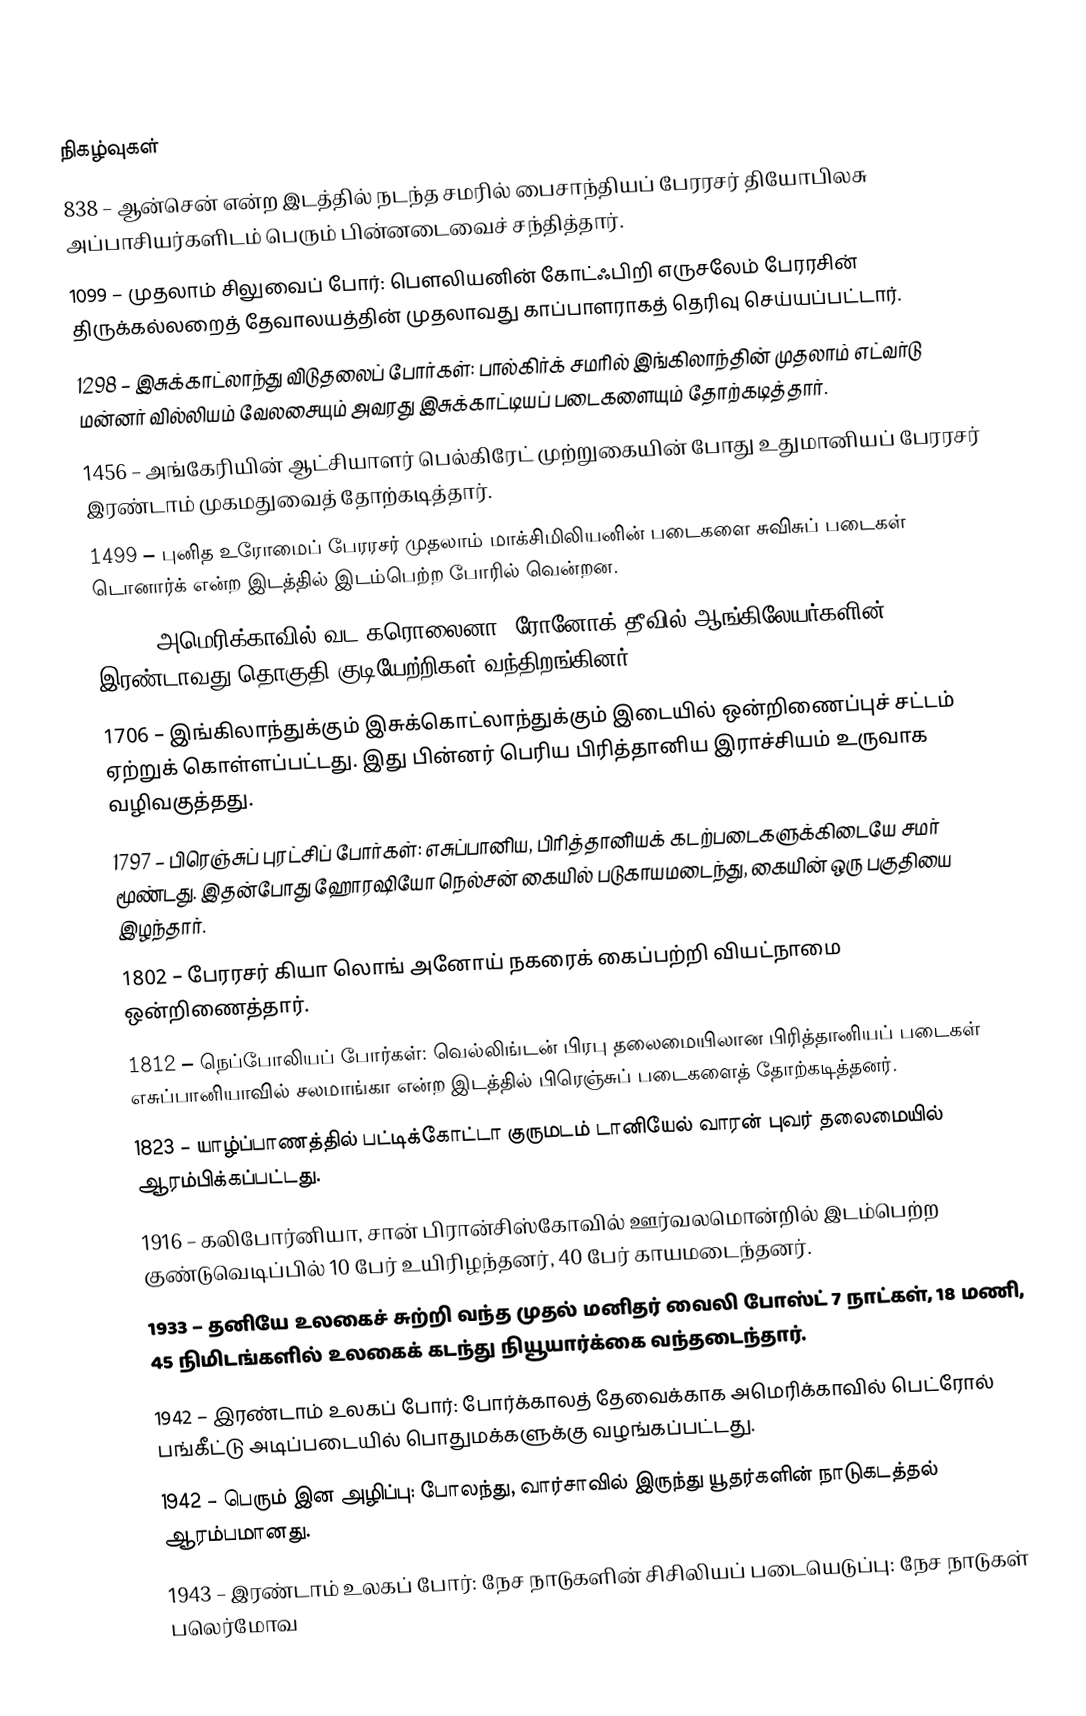

நிகழ்வுகள்
 838 – ஆன்சென் என்ற இடத்தில் நடந்த சமரில் பைசாந்தியப் பேரரசர் தியோபிலசு அப்பாசியர்களிடம் பெரும் பின்னடைவைச் சந்தித்தார்.
1099 – முதலாம் சிலுவைப் போர்: பௌலியனின் கோட்ஃபிறி எருசலேம் பேரரசின் திருக்கல்லறைத் தேவாலயத்தின் முதலாவது காப்பாளராகத் தெரிவு செய்யப்பட்டார்.
1298 – இசுக்காட்லாந்து விடுதலைப் போர்கள்: பால்கிர்க் சமரில் இங்கிலாந்தின் முதலாம் எட்வர்டு மன்னர் வில்லியம் வேலசையும் அவரது இசுக்காட்டியப் படைகளையும் தோற்கடித்தார்.
1456 – அங்கேரியின் ஆட்சியாளர் பெல்கிரேட் முற்றுகையின் போது உதுமானியப் பேரரசர் இரண்டாம் முகமதுவைத் தோற்கடித்தார்.
1499 – புனித உரோமைப் பேரரசர் முதலாம் மாக்சிமிலியனின் படைகளை சுவிசுப் படைகள் டொனார்க் என்ற இடத்தில் இடம்பெற்ற போரில் வென்றன.
1587 – அமெரிக்காவில் வட கரொலைனா, ரோனோக் தீவில் ஆங்கிலேயர்களின் இரண்டாவது தொகுதி குடியேற்றிகள் வந்திறங்கினர்.
1706 – இங்கிலாந்துக்கும் இசுக்கொட்லாந்துக்கும் இடையில் ஒன்றிணைப்புச் சட்டம் ஏற்றுக் கொள்ளப்பட்டது. இது பின்னர் பெரிய பிரித்தானிய இராச்சியம் உருவாக வழிவகுத்தது.
1797 – பிரெஞ்சுப் புரட்சிப் போர்கள்: எசுப்பானிய, பிரித்தானியக் கடற்படைகளுக்கிடையே சமர் மூண்டது. இதன்போது ஹோரஷியோ நெல்சன் கையில் படுகாயமடைந்து, கையின் ஒரு பகுதியை இழந்தார்.
1802 – பேரரசர் கியா லொங் அனோய் நகரைக் கைப்பற்றி வியட்நாமை ஒன்றிணைத்தார்.
1812 – நெப்போலியப் போர்கள்: வெல்லிங்டன் பிரபு தலைமையிலான பிரித்தானியப் படைகள் எசுப்பானியாவில் சலமாங்கா என்ற இடத்தில் பிரெஞ்சுப் படைகளைத் தோற்கடித்தனர்.
1823 – யாழ்ப்பாணத்தில் பட்டிக்கோட்டா குருமடம் டானியேல் வாரன் புவர் தலைமையில் ஆரம்பிக்கப்பட்டது.
1916 – கலிபோர்னியா, சான் பிரான்சிஸ்கோவில் ஊர்வலமொன்றில் இடம்பெற்ற குண்டுவெடிப்பில் 10 பேர் உயிரிழந்தனர், 40 பேர் காயமடைந்தனர்.
1933 – தனியே உலகைச் சுற்றி வந்த முதல் மனிதர் வைலி போஸ்ட் 7 நாட்கள், 18 மணி, 45 நிமிடங்களில் உலகைக் கடந்து நியூயார்க்கை வந்தடைந்தார்.
1942 – இரண்டாம் உலகப் போர்: போர்க்காலத் தேவைக்காக அமெரிக்காவில் பெட்ரோல் பங்கீட்டு அடிப்படையில் பொதுமக்களுக்கு வழங்கப்பட்டது.
1942 – பெரும் இன அழிப்பு: போலந்து, வார்சாவில் இருந்து யூதர்களின் நாடுகடத்தல் ஆரம்பமானது.
1943 – இரண்டாம் உலகப் போர்: நேச நாடுகளின் சிசிலியப் படையெடுப்பு: நேச நாடுகள் பலெர்மோவ